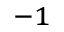
^ { - 1 }